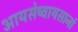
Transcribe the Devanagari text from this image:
आयसेष्वायसानां